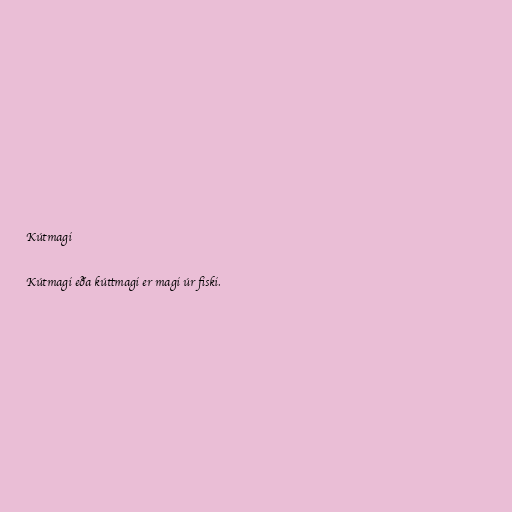
Kútmagi

Kútmagi eða kúttmagi er magi úr fiski.